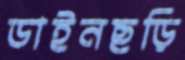
ডাইনছড়ি